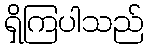
ရှိကြပါသည်